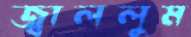
জ্বাললুম